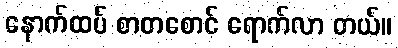
နောက်ထပ် စာတစောင် ရောက်လာ တယ်။